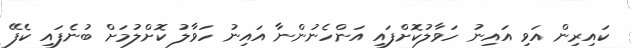
ކައިރިން އަވި އައިނު ހަވާލުކޮށްފައި އަންހެނުންނާ އައިނު ހަވާލު ކޮށްލުމަށް ބުނެފައި ކެފޭ